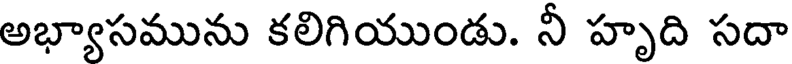
అభ్యాసమును కలిగియుండు. నీ హృది సదా